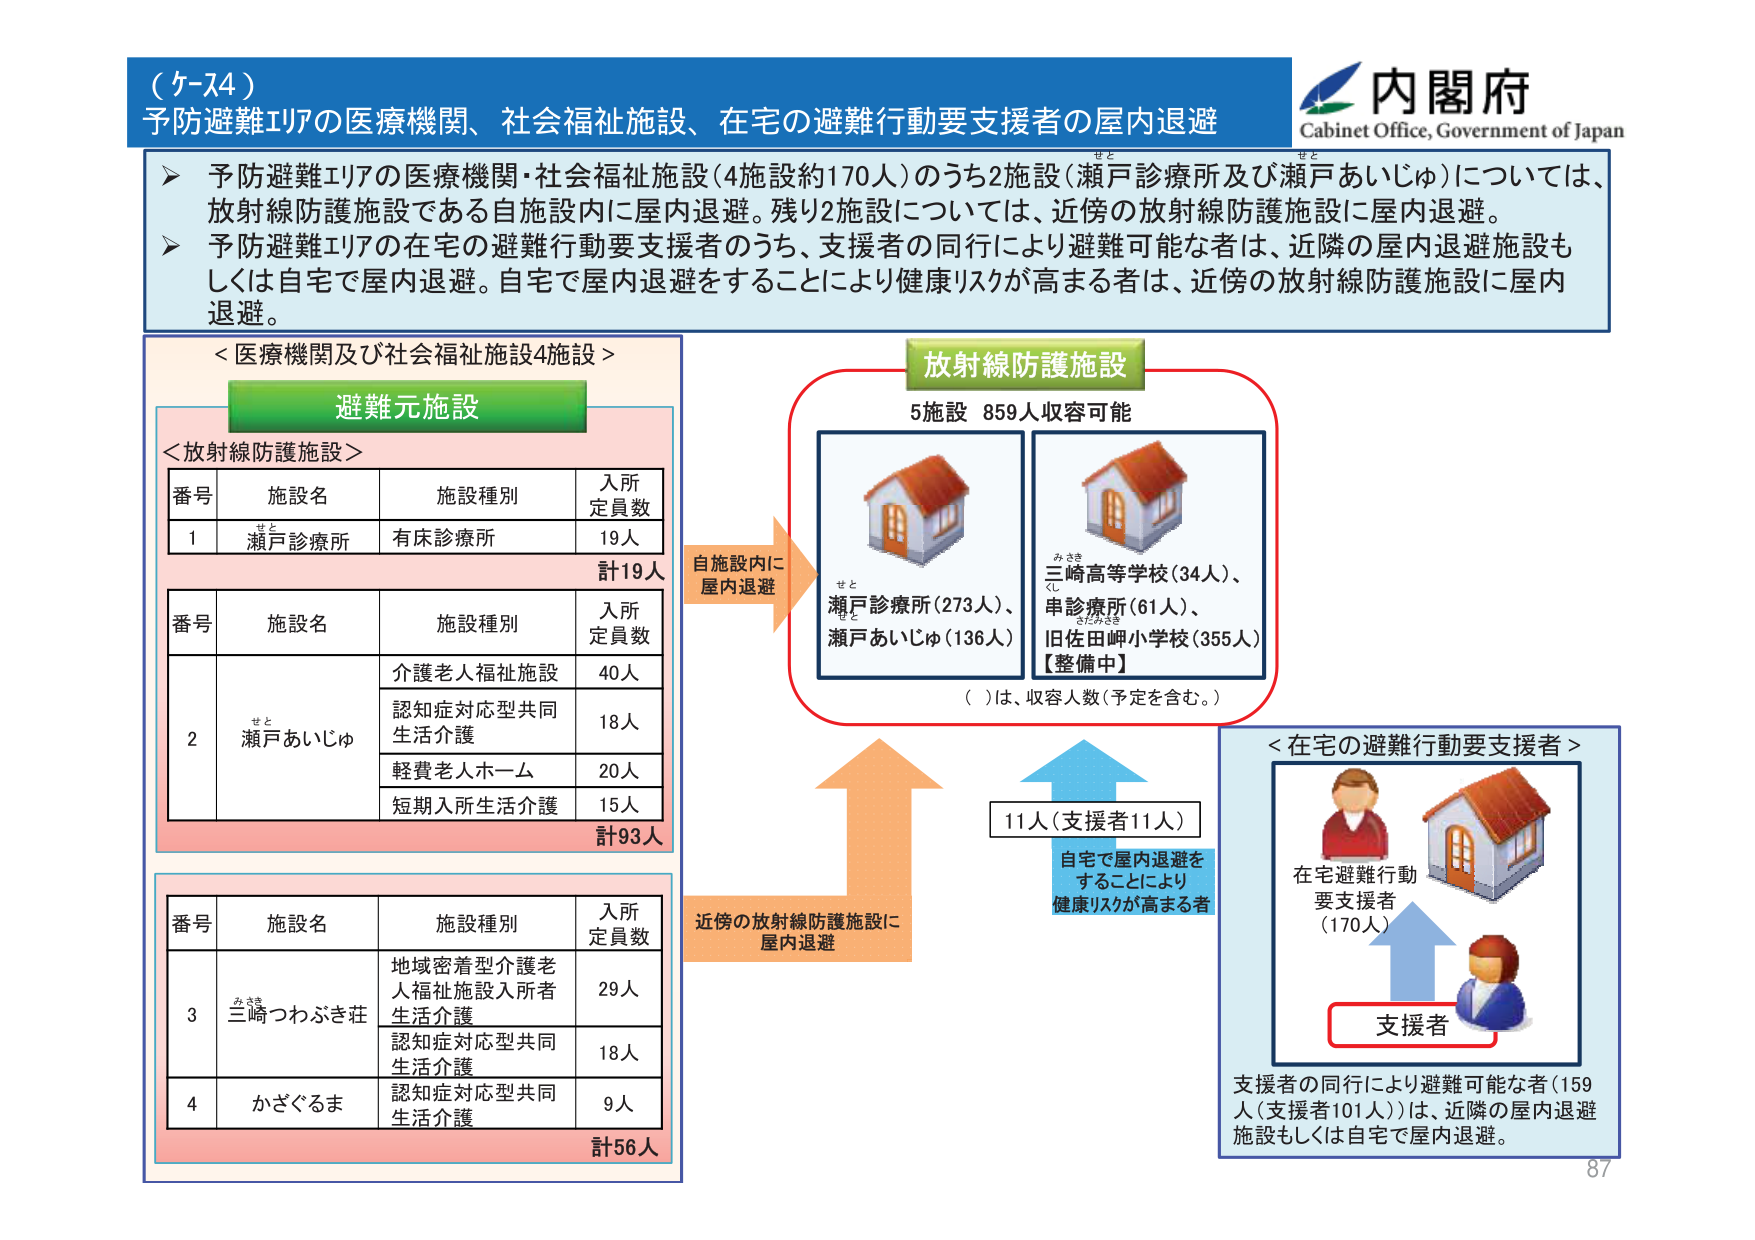
（ケース4）
予防避難エリアの医療機関、社会福祉施設、在宅の避難行動要支援者の屋内退避

内閣府
Cabinet Office, Government of Japan

➤ 予防避難エリアの医療機関・社会福祉施設（4施設約170人）のうち2施設（瀬戸診療所及び瀬戸あいじゅ）については、放射線防護施設である自施設内に屋内退避。残り2施設については、近傍の放射線防護施設に屋内退避。
➤ 予防避難エリアの在宅の避難行動要支援者のうち、支援者の同行により避難可能な者は、近隣の屋内退避施設もしくは自宅で屋内退避。自宅で屋内退避をすることにより健康リスクが高まる者は、近傍の放射線防護施設に屋内退避。

＜医療機関及び社会福祉施設4施設＞

避難元施設

＜放射線防護施設＞
番号　施設名　　　　　施設種別　　　入所定員数
1　　瀬戸診療所　　　有床診療所　　　19人
　　　　　　　　　　　　　　　　　　計19人

番号　施設名　　　　　施設種別　　　入所定員数
2　　瀬戸あいじゅ　　介護老人福祉施設　40人
　　　　　　　　　　認知症対応型共同生活介護　18人
　　　　　　　　　　軽費老人ホーム　20人
　　　　　　　　　　短期入所生活介護　15人
　　　　　　　　　　　　　　　　　　計93人

番号　施設名　　　　　施設種別　　　入所定員数
3　　三崎つわぶき荘　地域密着型介護老人福祉施設入所者生活介護　29人
　　　　　　　　　　認知症対応型共同生活介護　18人
4　　かざぐるま　　　認知症対応型共同生活介護　9人
　　　　　　　　　　　　　　　　　　計56人

放射線防護施設
5施設　859人収容可能

自施設内に屋内退避
せと
瀬戸診療所（273人）、
瀬戸あいじゅ（136人）

みさき
三崎高等学校（34人）、
串診療所（61人）、
旧佐田岬小学校（355人）
【整備中】

（　）は、収容人数（予定を含む。）

近傍の放射線防護施設に屋内退避

11人（支援者11人）
自宅で屋内退避をすることにより健康リスクが高まる者

＜在宅の避難行動要支援者＞
在宅避難行動要支援者（170人）
支援者

支援者の同行により避難可能な者（159人（支援者101人））は、近隣の屋内退避施設もしくは自宅で屋内退避。

87